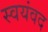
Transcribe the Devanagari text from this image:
स्वयंवद